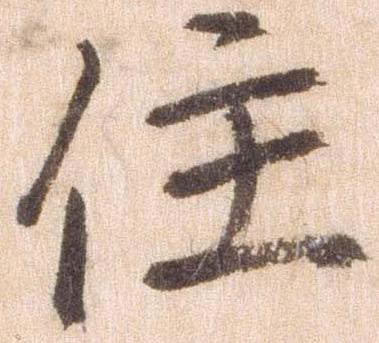
住